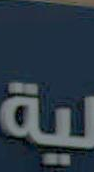
ية